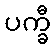
ပက္ခီ